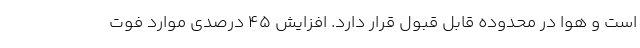
است و هوا در محدوده قابل قبول قرار دارد. افزایش ۴۵ درصدی موارد فوت